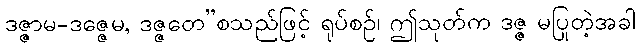
ဒဇ္ဇာမ-ဒဇ္ဇေမ, ဒဇ္ဇတေ”စသည်ဖြင့် ရုပ်စဉ်၊ ဤသုတ်က ဒဇ္ဇ မပြုတဲ့အခါ